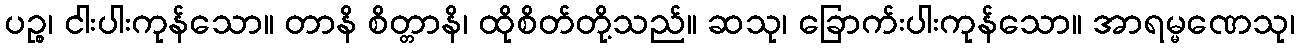
ပဉ္စ၊ ငါးပါးကုန်သော။ တာနိ စိတ္တာနိ၊ ထိုစိတ်တို့သည်။ ဆသု၊ ခြောက်းပါးကုန်သော။ အာရမ္မဏေသု၊